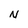
Character: N